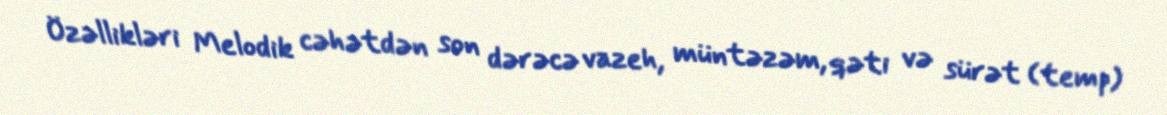
Özəllikləri Melodik cəhətdən son dərəcə vazeh, müntəzəm, qəti və sürət (temp)